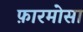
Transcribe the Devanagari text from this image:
फ़ारमोसा